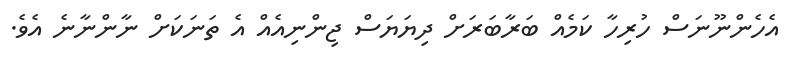
އެހެންނޫނަސް ހުރިހާ ކަމެއް ބަރާބަރަށް ދިޔަޔަސް ޖިންނިއެއް އެ ތަނަކަށް ނާންނާނެ އެވެ.